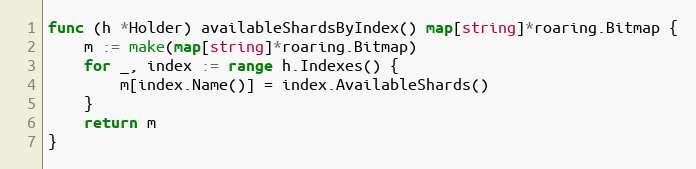
Language: Go
func (h *Holder) availableShardsByIndex() map[string]*roaring.Bitmap {
	m := make(map[string]*roaring.Bitmap)
	for _, index := range h.Indexes() {
		m[index.Name()] = index.AvailableShards()
	}
	return m
}